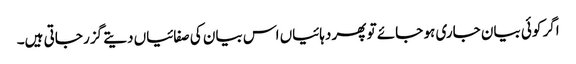
اگر کوئی بیان جاری ہو جائے تو پھر دہائیاں اس بیان کی صفائیاں دیتے گزر جاتی ہیں۔